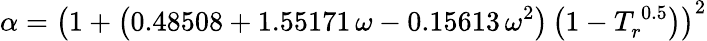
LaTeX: \alpha=\left(1+\left(0.48508+1.55171\, \omega-0.15613\, \omega^{2}\right)\left(1-T_{r}^{\, 0.5}\right)\right)^{2}